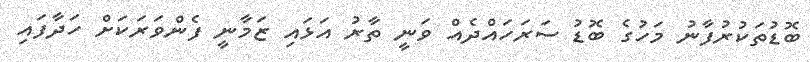
ބޮޑުތަކުރުފާނު މަހުގެ ބޮޑު ސަރަހައްދެއް ވަނީ ތާރު އަޅައި ޒަމާނީ ފެންވަރަކަށް ހަދާފައި